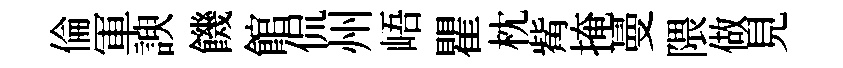
倫軍諛饑館侃州峿瞿枕觜掩曼隈做見